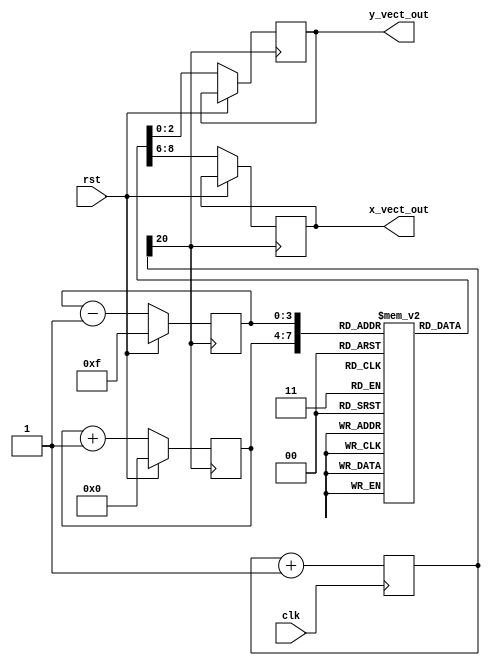
`timescale 1ns / 1ps
//////////////////////////////////////////////////////////////////////////////////
// Company: 
// Engineer: 
// 
// Design Name: 
// Module Name: Vect_Mem
// Project Name: 
// Target Devices: 
// Tool Versions: 
// Description: 
// 
// Dependencies: 
// 
// Revision:
// Revision 0.01 - File Created
// Additional Comments:
// 
//////////////////////////////////////////////////////////////////////////////////


module Vect_Mem(
    input clk,
    input rst,
    output reg [2:0] x_vect_out,
    output reg [2:0] y_vect_out
    );
    
    reg [3:0] counter_1;
    reg [3:0] counter_2;
    reg [20:0] clk_div;
    reg [5:0] Mem [15:0];
    
    initial begin
        Mem[4'b0000] <= 3'b001; // 1
        Mem[4'b0001] <= 3'b010; // 2
        Mem[4'b0010] <= 3'b101; // -3
        Mem[4'b0011] <= 3'b110; // -2
        Mem[4'b0100] <= 3'b010; // 2
        Mem[4'b0101] <= 3'b110; // -2
        Mem[4'b0110] <= 3'b111; // -1
        Mem[4'b0111] <= 3'b011; // 3
        Mem[4'b1000] <= 3'b001; // 1
        Mem[4'b1001] <= 3'b011; // 3
        Mem[4'b1010] <= 3'b110; // -2
        Mem[4'b1011] <= 3'b011; // 2
        Mem[4'b1100] <= 3'b110; // -2
        Mem[4'b1101] <= 3'b011; // 2
        Mem[4'b1110] <= 3'b101; // -3
        Mem[4'b1111] <= 3'b111; // -1
        clk_div <= 0;
        counter_1 <= 4'b0000;
        counter_2 <= 4'b1111;
    end
    
    always @(posedge clk)
        clk_div <= clk_div + 1'b1;
    
    always @(posedge clk_div[20]) begin
        if (rst) begin
            counter_1 <= 4'b0000;
            counter_2 <= 4'b1111;
        end
        else begin
            counter_1 <= counter_1 + 1'b1; 
            counter_2 <= counter_2 - 1'b1;
            x_vect_out <= Mem[counter_1];
            y_vect_out <= Mem[counter_2];
        end
    end
endmodule